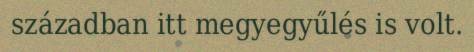
században itt megyegyűlés is volt.